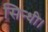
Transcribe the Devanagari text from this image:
सिन्धी।